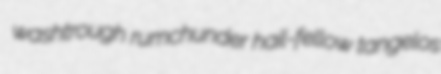
washtrough rumchunder hail-fellow tangelos